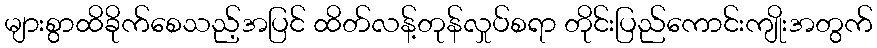
များစွာထိခိုက်စေသည့်အပြင် ထိတ်လန့်တုန်လှုပ်စရာ တိုင်းပြည်ကောင်းကျိုးအတွက်